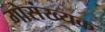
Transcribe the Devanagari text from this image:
गोसंख्यक